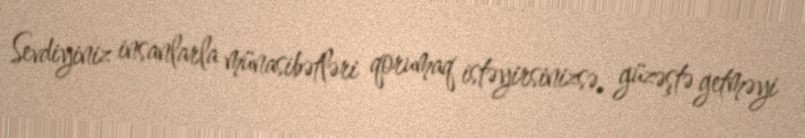
Sevdiyiniz insanlarla münasibətləri qorumaq istəyirsinizsə, güzəştə getməyi